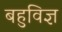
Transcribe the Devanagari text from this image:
बहुविज्ञ